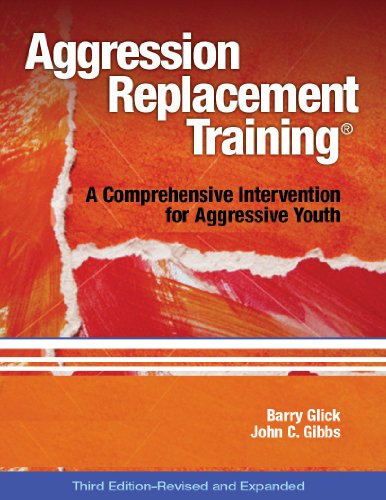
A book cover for Aggression Replacement Training: A Comprehensive Intervention for Aggressive Youth, Third Edition (Revised and Expanded)(CD included); Dr. Barry Glick; Politics & Social Sciences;